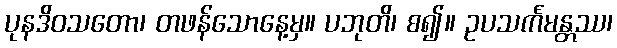
ပုနဒိဝသတော၊ တဖန်သောနေ့မှ။ ပဘုတိ၊ စ၍။ ဥပသင်္ကမန္တဿ၊